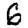
Digit: 6